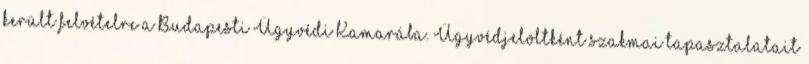
került felvételre a Budapesti Ügyvédi Kamarába. Ügyvédjelöltként szakmai tapasztalatait